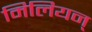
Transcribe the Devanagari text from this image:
मिलियन्